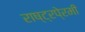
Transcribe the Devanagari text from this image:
राष्ट्रपे्रमी